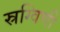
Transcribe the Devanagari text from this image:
स्रग्विणी